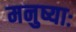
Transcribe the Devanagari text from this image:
मनुष्याः